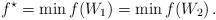
LaTeX: \begin{align*}f^\star=\min f(W_1)=\min f(W_2)\,.\end{align*}